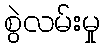
စွဲလမ်းမှု